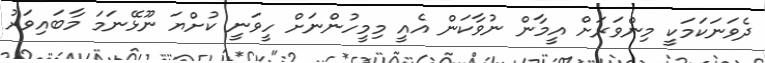
ދެވަނަކަމަކީ މިންވަރަށް އީމާން ނުވާކަން އެއީ މިމީހުންނަށް ހީވަނީ ކުށްޔަ ނޫޅޭނަމަ މާބައިވަރު